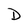
Character: D